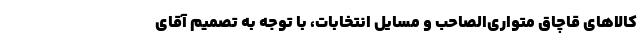
کالاهای قاچاق متواری‌الصاحب و مسایل انتخابات، با توجه به تصمیم آقای